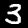
Digit: 3